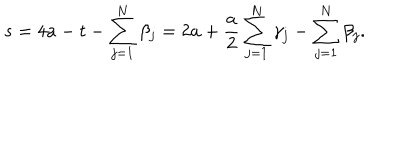
s = 4 a - t - \sum _ { j = 1 } ^ { N } \beta _ { j } = 2 a + \frac { a } { 2 } \sum _ { j = 1 } ^ { N } \gamma _ { j } - \sum _ { j = 1 } ^ { N } \beta _ { j } .